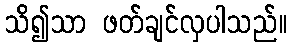
သိ၍သာ ဖတ်ချင်လှပါသည်။